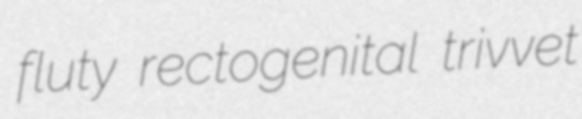
fluty rectogenital trivvet